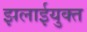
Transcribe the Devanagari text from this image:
झलाईयुक्त